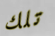
تلك